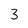
Character: 3